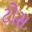
ટોસ